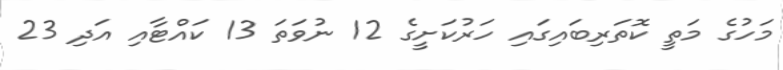
މަހުގެ މަތީ ކޮތަރިބައިގައި ހަރުކަށީގެ 12 ނުވަތަ 13 ކައްޓާއި އަދި 23